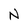
Character: N